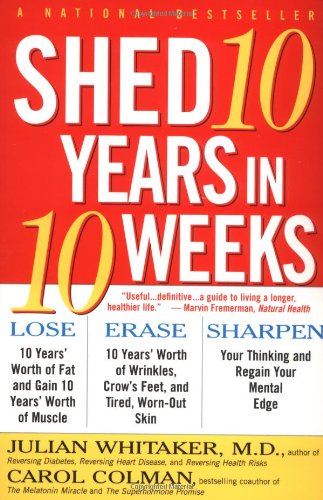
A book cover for Shed 10 Years in 10 Weeks; Julian Whitaker; Health, Fitness & Dieting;